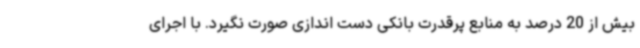
بیش از 20 درصد به منابع پرقدرت بانکی دست اندازی صورت نگیرد. با اجرای